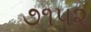
૭૧૫૨